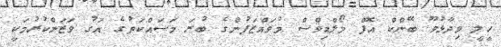
ހީލީ ވިދާޅުވޫ ބޭންކް އޮފް މޯލްޑިވްސް މުވައްޒަފުންގެ ބުރަ މަސައްކަތުގެ އަގު ވަޒަންކުރުމަކީ